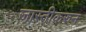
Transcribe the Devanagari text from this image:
जास्तीकरुन